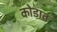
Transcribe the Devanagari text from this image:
कोडात